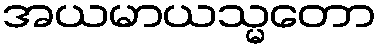
အယမာယသ္မတော